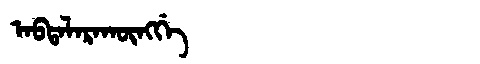
Manchu: ᠠᠪᡨᠠᠯᠠᡵᠠᡴᡡᠩᡤᡝ
Romanization: ABTALARAKŪNGGE